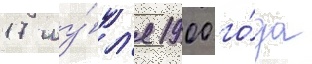
17 иу́л'я 1900 го́да